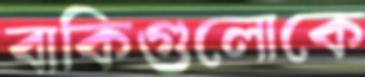
বাকিগুলোকে